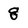
Character: 8